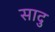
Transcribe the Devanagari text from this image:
सादु